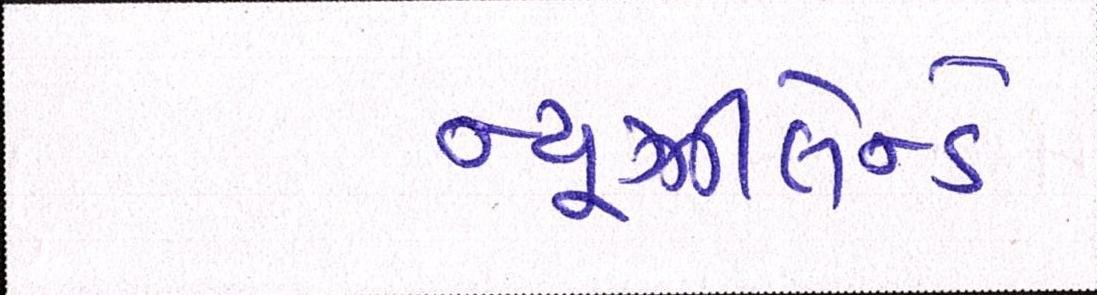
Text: ન્યૂઝીલેન્ડે